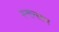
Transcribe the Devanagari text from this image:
स्नानकर